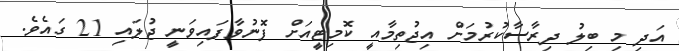
އަދި މި ބިލު ދިރާސާކުރުމަށް އިޖުތިމާއީ ކޮމިޓީއަށް ފޮނުވާފައިވަނީ ޖުލައި 21 ގައެވެ.